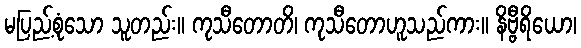
မပြည့်စုံသော သူတည်း။ ကုသီတောတိ၊ ကုသီတောဟူသည်ကား။ နိဗ္ဗီရိယော၊